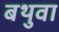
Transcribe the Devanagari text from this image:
बथुवा